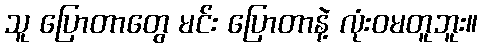
သူ ပြောတာတွေ မင်း ပြောတာနဲ့ လုံးဝမတူဘူး။